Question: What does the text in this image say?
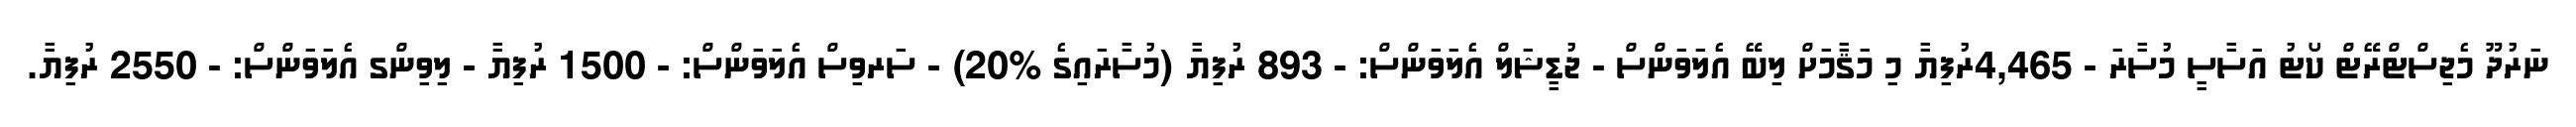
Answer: ނަރުދޫ މެޖިސްޓްރޭޓް ކޯޓު އަސާސީ މުސާރަ - 4,465ރުފިޔާ މި މަޤާމަށް ލިބޭ އެލަވަންސް - ޖުޑީޝަލް އެލަވަންސް: - 893 ރުފިޔާ (މުސާރައިގެ %20) - ސަރވިސް އެލަވަންސް: - 1500 ރުފިޔާ - ލިވިންގ އެލަވަންސް: - 2550 ރުފިޔާ.